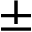
\pm